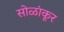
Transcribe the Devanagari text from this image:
सोळांकूर